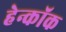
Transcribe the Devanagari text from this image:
हेन्कॉक